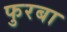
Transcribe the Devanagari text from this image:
फुरबा